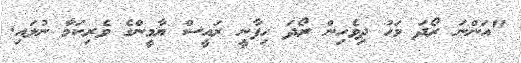
"އަންނަ ރޯދަ މަހު ދިވެހިން ރޯދަ ހިފާނީ ރައީސް ޔާމީންގެ ވެރިކަމާ ނުލައި